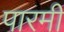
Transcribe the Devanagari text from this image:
पारमी